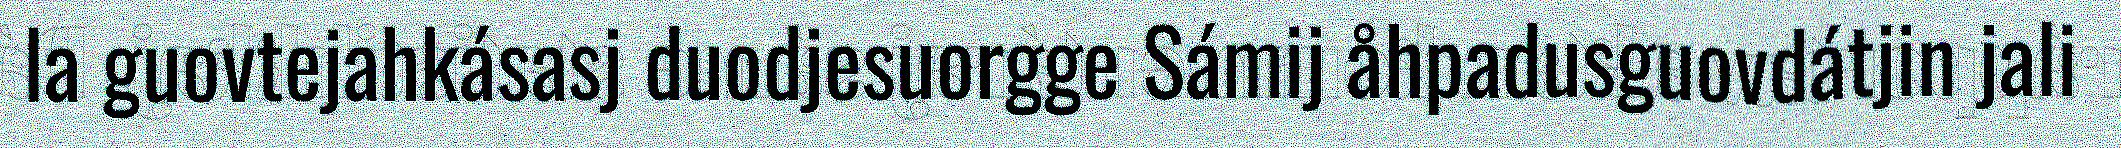
la guovtejahkásasj duodjesuorgge Sámij åhpadusguovdátjin jali